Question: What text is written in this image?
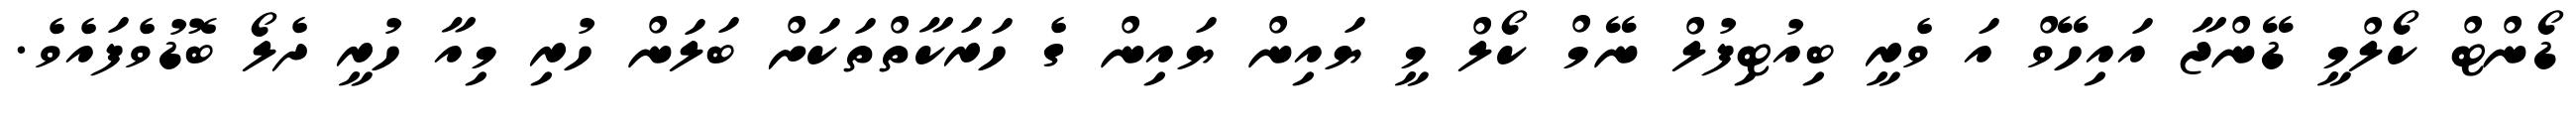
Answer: ޑޯންޓް ކޯލްމީ ޑޭންޖާ އައިހޭވް އަ ވެރީ ބިއުޓިފުލް ނޭމް ކޯލް މީ ޔައިން ޔައިން ގެ ހަރަކާތްތަކަށް ބަލަން ހުރި މިއާ ހުރީ ދެލޯ ބޮޑުވެފައެވެ.